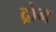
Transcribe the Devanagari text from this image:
द्रोन